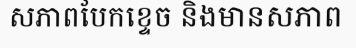
សភាពបែកខ្ទេច និងមានសភាព